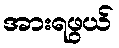
အားရဖွယ်